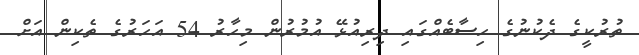
ތުރުކީގެ ދެކުނުގެ ހިސާބެއްގައި ދިރިއުޅޭ އުމުރުން މިހާރު 54 އަހަރުގެ ތެކިން އަށް